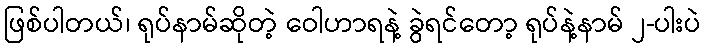
ဖြစ်ပါတယ်၊ ရုပ်နာမ်ဆိုတဲ့ ဝေါဟာရနဲ့ ခွဲရင်တော့ ရုပ်နဲ့နာမ် ၂-ပါးပဲ